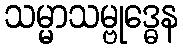
သမ္မာသမ္ဗုဒ္ဓေန